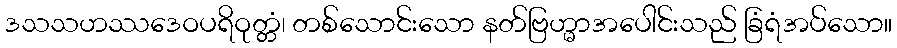
ဒသသဟဿဒေဝပရိဝုတ္တံ၊ တစ်သောင်းသော နတ်ဗြဟ္မာအပေါင်းသည် ခြံရံအပ်သော။